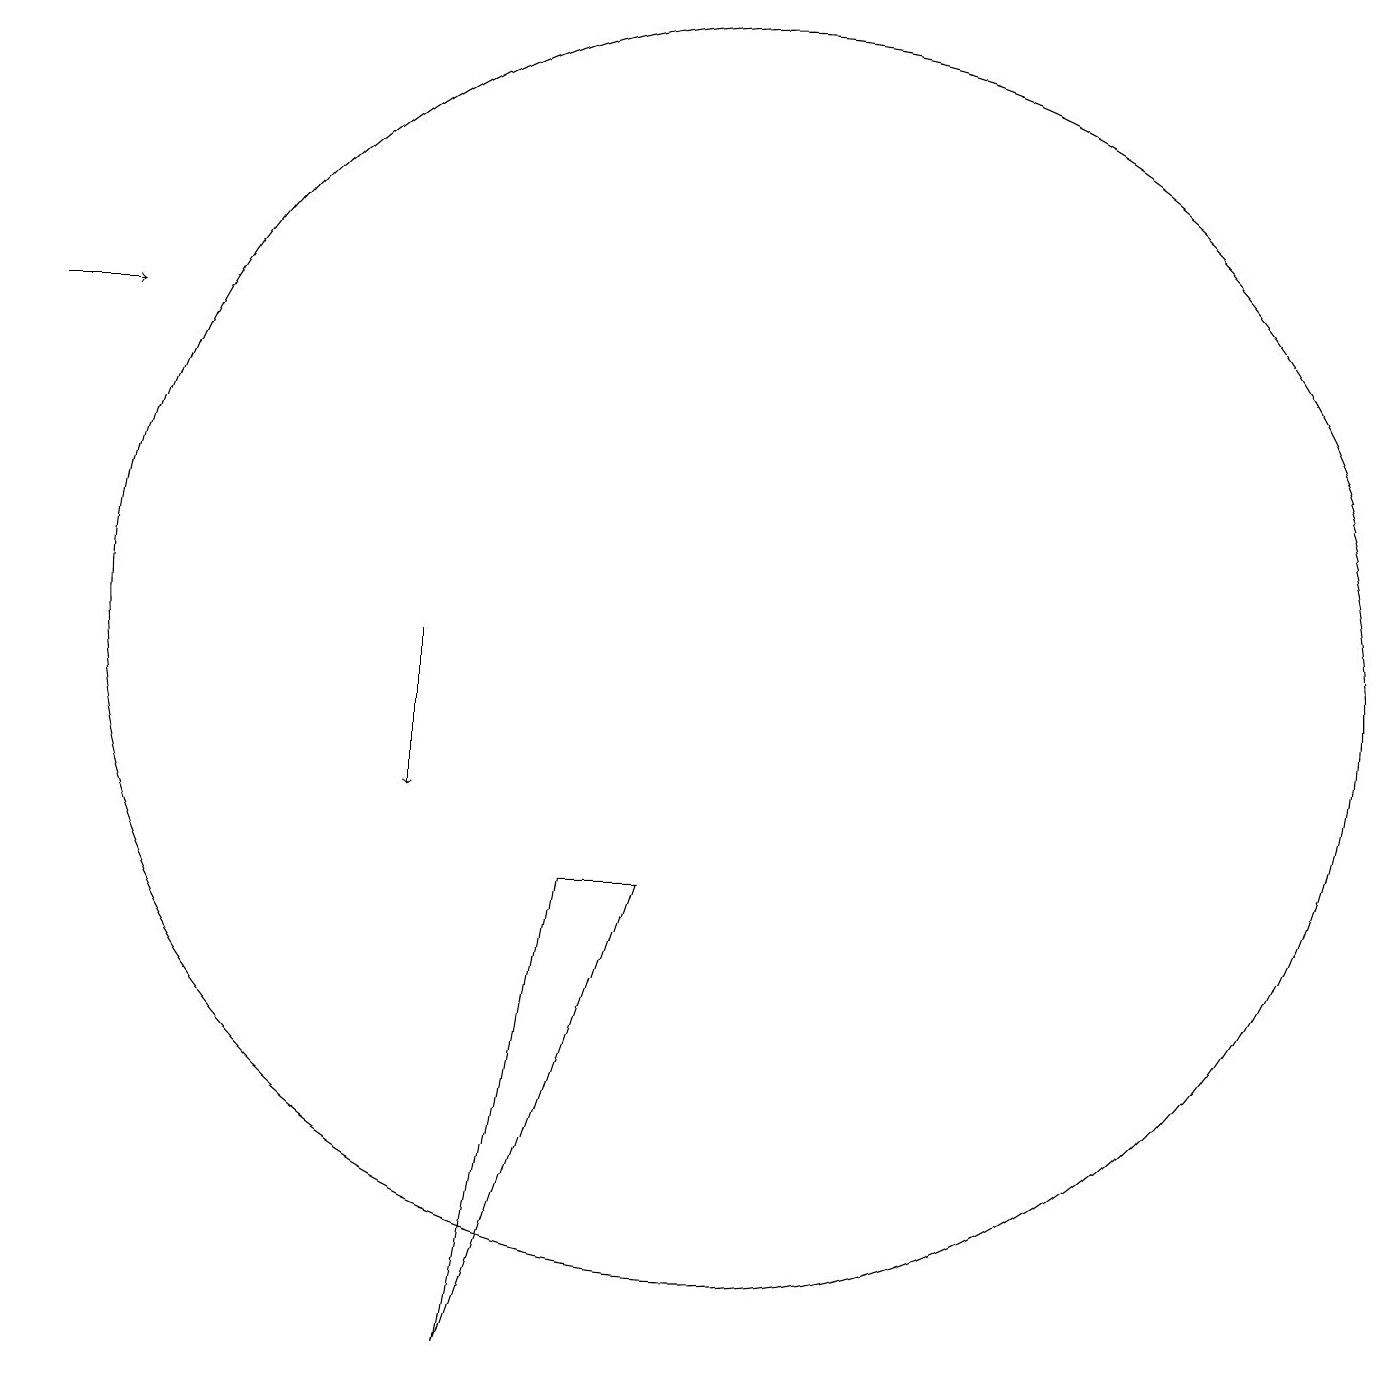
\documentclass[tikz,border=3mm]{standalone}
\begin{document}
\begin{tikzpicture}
\draw (10,12) circle (8);
\draw (9,9) -- (7,3) -- (8,9) -- cycle;
\draw[->] (6,12) -- (6,10);
\draw[->] (1,16) -- (2,16);
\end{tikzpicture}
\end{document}